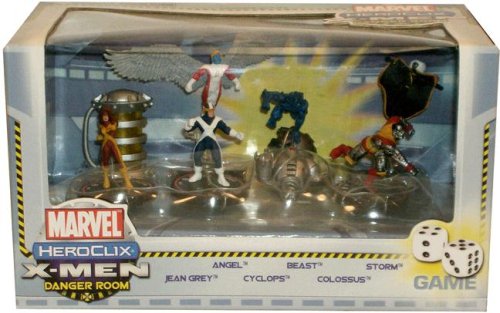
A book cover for Marvel HeroClix: X-Men Danger Room Game; Science Fiction & Fantasy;